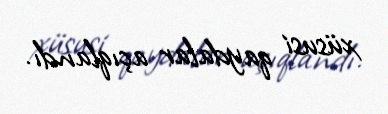
xüsusi qaydalar açıqlandı.